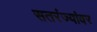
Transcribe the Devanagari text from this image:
सतरंज्यांवर